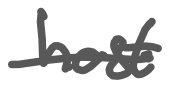
Text: host
Cross-out: single-line
Writing tool: digital_gray